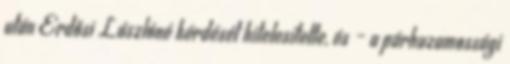
után Erdősi Lászlóné kérdését hitelesítette, és – a párhuzamossági